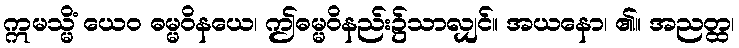
ဣမသ္မိံ ယေဝ ဓမ္မဝိနယေ၊ ဤဓမ္မဝိနည်း၌သာလျှင်။ အယနော၊ ၏။ အညတ္ထ၊